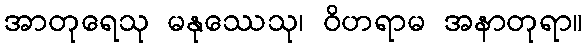
အာတုရေသု မနုဿေသု၊ ဝိဟရာမ အနာတုရာ။